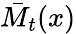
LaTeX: \bar{M}_{t}(x)